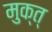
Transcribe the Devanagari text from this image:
मुक्त्